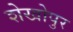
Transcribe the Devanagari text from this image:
शेखोपुर